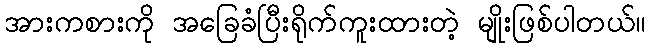
အားကစားကို အခြေခံပြီးရိုက်ကူးထားတဲ့ မျိုးဖြစ်ပါတယ်။